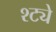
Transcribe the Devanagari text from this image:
श्ट्ये